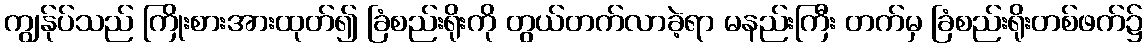
ကျွန်ုပ်သည် ကြိုးစားအားထုတ်၍ ခြံစည်းရိုးကို တွယ်တက်လာခဲ့ရာ မနည်းကြီး တက်မှ ခြံစည်းရိုးတစ်ဖက်၌